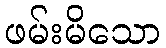
ဖမ်းမိသော